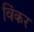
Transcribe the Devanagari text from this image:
विंकर